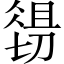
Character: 𱏉